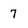
Character: 7